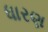
ધારણ